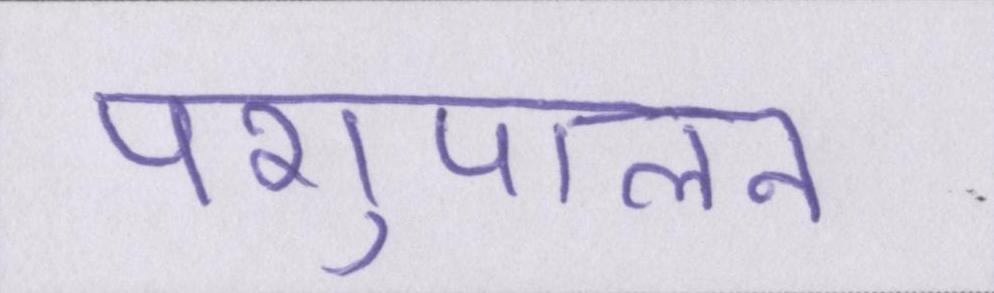
पशुपालन